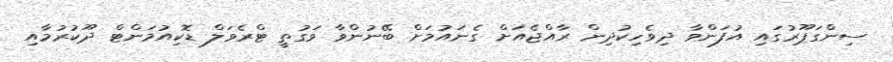
ސިންގަޕޫރުގައި އުފަންވާ ދިވެހިކުދިން ރާއްޖެއަށް ގެނައުމަށް ބޭނުންވާ ވަގުތީ ޓްރެވަލް ޑޮކިއުމަންޓް ދޫކުރުމާއި